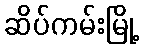
ဆိပ်ကမ်းမြို့